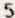
5